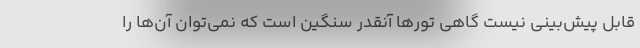
قابل پیش‌بینی نیست گاهی تورها آنقدر سنگین است که نمی‌توان آن‌ها را